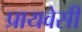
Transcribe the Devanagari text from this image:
प्रायवेसी